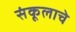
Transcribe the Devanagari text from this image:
संकूलाचे